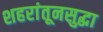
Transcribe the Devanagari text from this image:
शहरांतूनसुद्धा